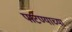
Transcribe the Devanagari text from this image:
पाटण्याच्या